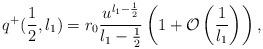
LaTeX: \begin{align*}q^{+}(\frac{1}{2},l_{1}) = r_{0}\frac{u^{l_{1}-\frac{1}{2}}}{l_{1}-\frac{1}{2}}\left( 1 + {\cal O}\left( \frac{1}{l_{1}}\right) \right),\end{align*}